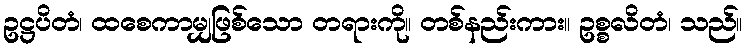
ဥဋ္ဌပိတံ၊ ထစေကာမျှဖြစ်သော တရားကို။ တစ်နည်းကား။ ဥစ္စလိတံ၊ သည်။